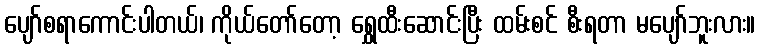
ပျော်စရာကောင်းပါတယ်၊ ကိုယ်တော်တော့ ရွှေထီးဆောင်းပြီး ထမ်းစင် စီးရတာ မပျော်ဘူးလား။